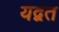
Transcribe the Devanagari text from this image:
यद्वत